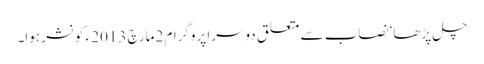
چل پڑھا‘ نصاب سے متعلق دوسرا پروگرام 2مارچ 2013 ء کو نشر ہوا۔